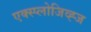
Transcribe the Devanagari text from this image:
एक्स्प्लोजिव्ह्ज